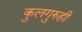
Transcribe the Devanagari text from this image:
कुलगुरुही